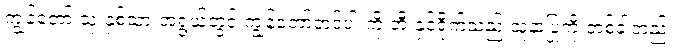
ကျွန်တော် သုံးနှစ်သားအရွယ်တွင် ကျွန်တော့်တင်ပါးကို ဘီးနှင့်ရိုက်သည့် သူနာပြုကို တစ်ခါတည်း